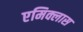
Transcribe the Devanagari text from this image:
एमिक्लास